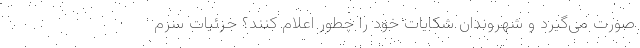
صورت می‌گیرد و شهروندان شکایات خود را چطور اعلام کنند؟ جزئیات سرم